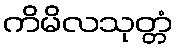
ကိမိလသုတ္တံ